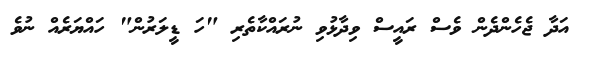
އަދާ ޖެހެންދެން ވެސް ރައީސް ވިދާޅުވި ނުރައްކާތެރި "ހަ ޑީލަރުން" ހައްޔަރެއް ނުވެ